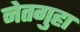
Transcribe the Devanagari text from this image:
नेतगुहा